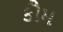
કૌમ